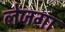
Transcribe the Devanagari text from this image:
लेजगा